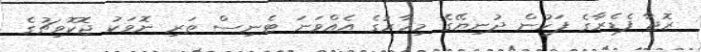
ރޮޖާ ފެޑެރާގެ ފަހުން ދުނިޔޭގެ މިހާރުގެ އެއްވަނަ ޓެނިސް ތަރި ނޮވަކު ޖޮކޮވިޗުގެ